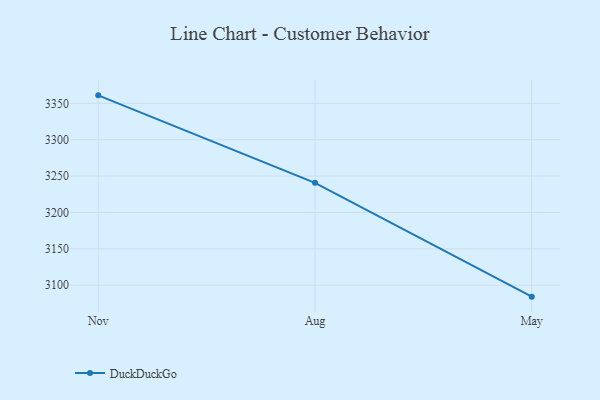
{"axis": {"x": "Month", "y": "Tickets Resolved"}, "legend": ["DuckDuckGo"], "data": [{"x": "Nov", "y": 3361.0, "type": "DuckDuckGo"}, {"x": "Aug", "y": 3240.8, "type": "DuckDuckGo"}, {"x": "May", "y": 3084.3, "type": "DuckDuckGo"}]}